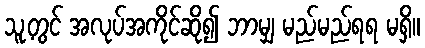
သူ့တွင် အလုပ်အကိုင်ဆို၍ ဘာမျှ မည်မည်ရရ မရှိ။